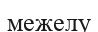
межелу